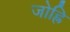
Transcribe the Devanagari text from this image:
जोह्रि